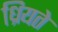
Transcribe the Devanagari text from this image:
ध्रियते